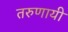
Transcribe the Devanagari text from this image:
तरुणायी